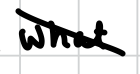
Text: what
Cross-out: diagonal
Writing tool: digital_black